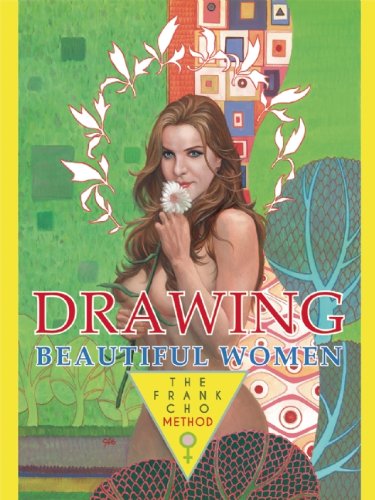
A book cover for Drawing Beautiful Women: The Frank Cho Method; Frank Cho; Arts & Photography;